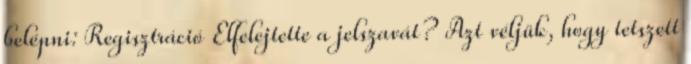
belépni: Regisztráció Elfelejtette a jelszavát? Azt véljük, hogy tetszett